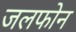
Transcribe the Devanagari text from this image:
जलफोन